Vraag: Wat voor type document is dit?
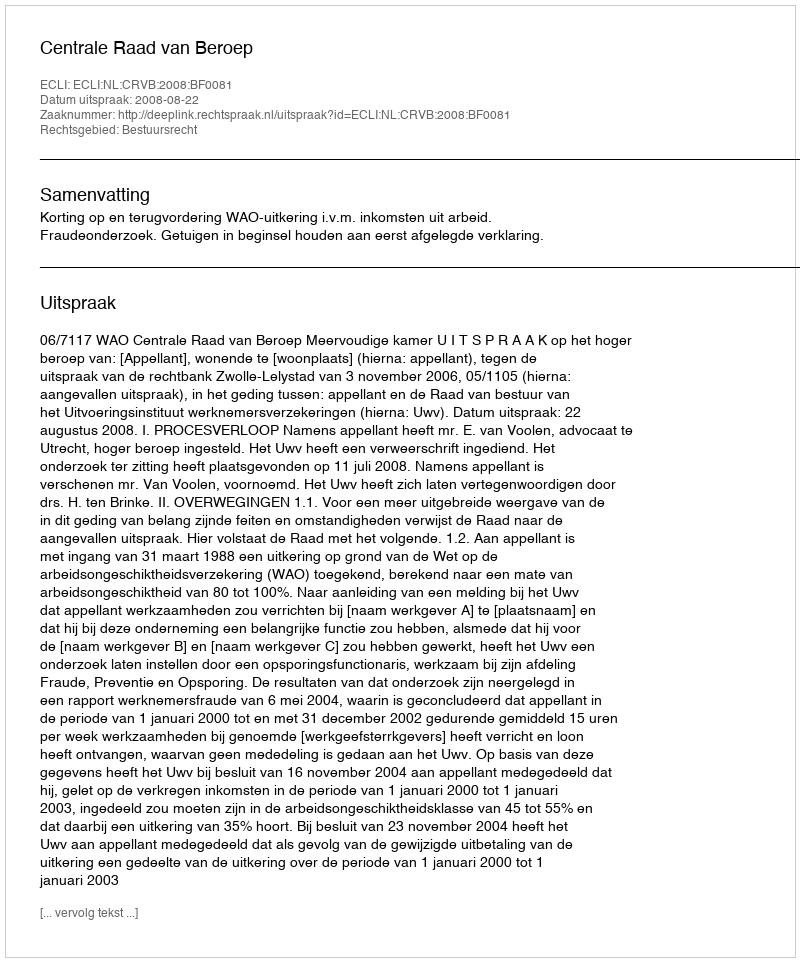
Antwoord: Uitspraak